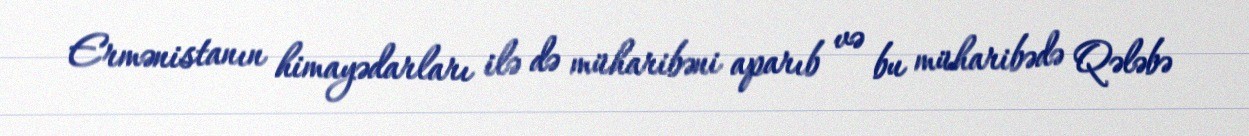
Ermənistanın himayədarları ilə də müharibəni aparıb və bu müharibədə Qələbə